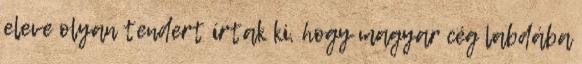
eleve olyan tendert írtak ki, hogy magyar cég labdába